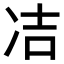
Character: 𭂋